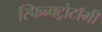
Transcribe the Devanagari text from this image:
स्फिन्क्ट्रोटॉमी